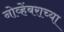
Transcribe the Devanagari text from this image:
नोव्हेंबराच्या